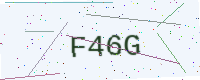
Text: F46G